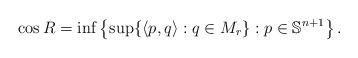
LaTeX: \begin{align*}\cos R = \inf \left\lbrace \sup \{ \langle p, q \rangle : q \in M_r \} : p \in \mathbb{S}^{n+1} \right\rbrace.\end{align*}